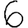
Digit: 6